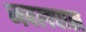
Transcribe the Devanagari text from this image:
जवलपास